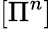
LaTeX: \left[\Pi^{n}\right]